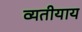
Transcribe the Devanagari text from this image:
व्यतीयाय